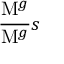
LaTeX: \frac { \mathrm { { M } } ^ { g } } { \mathrm { { M } } ^ { g } } { { s } }